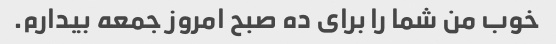
خوب من شما را برای ده صبح امروز جمعه بیدارم.